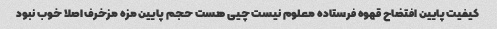
کیفیت پایین افتضاح قهوه فرستاده معلوم نیست چیی هست حجم پایین مزه مزخرف اصلا خوب نبود